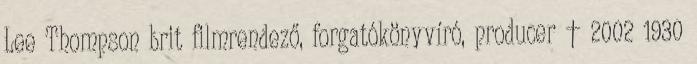
Lee Thompson brit filmrendező, forgatókönyvíró, producer † 2002 1930